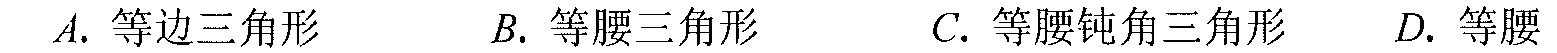
\(A.\) 等边三角形 \(\ \ \ \ \ B.\) 等腰三角形 \(\ \ \ \ \ C.\) 等腰钝角三角形 \(\ \ \ \ \ D.\) 等腰